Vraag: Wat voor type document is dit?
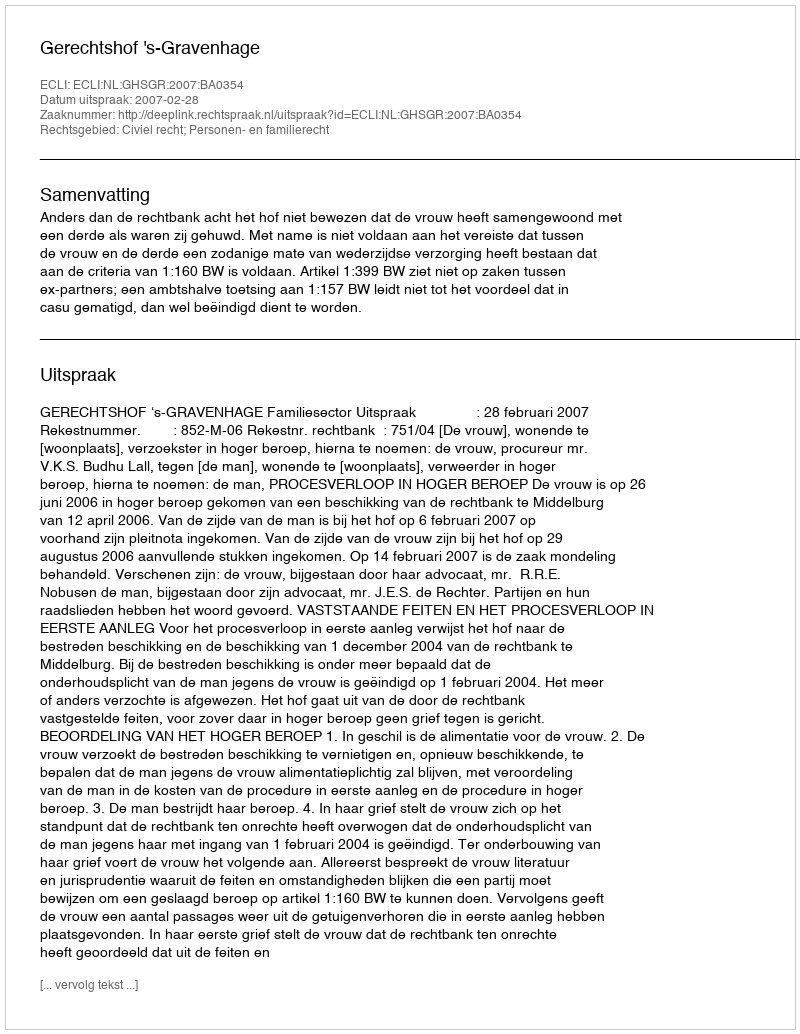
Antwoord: Uitspraak